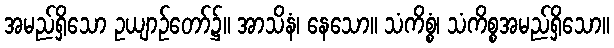
အမည်ရှိသော ဥယျာဉ်တော်၌။ အာသိနံ၊ နေသော။ သံကိစ္စံ၊ သံကိစ္စအမည်ရှိသော။